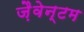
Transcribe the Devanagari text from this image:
ज़ैवेन्टम